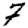
Digit: 7